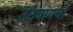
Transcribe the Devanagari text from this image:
उठवायचा